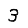
Digit: 3